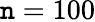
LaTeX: \mathtt{n}=100